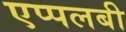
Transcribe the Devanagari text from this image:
एप्पलबी